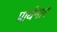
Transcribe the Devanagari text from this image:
प्रार्थनाए